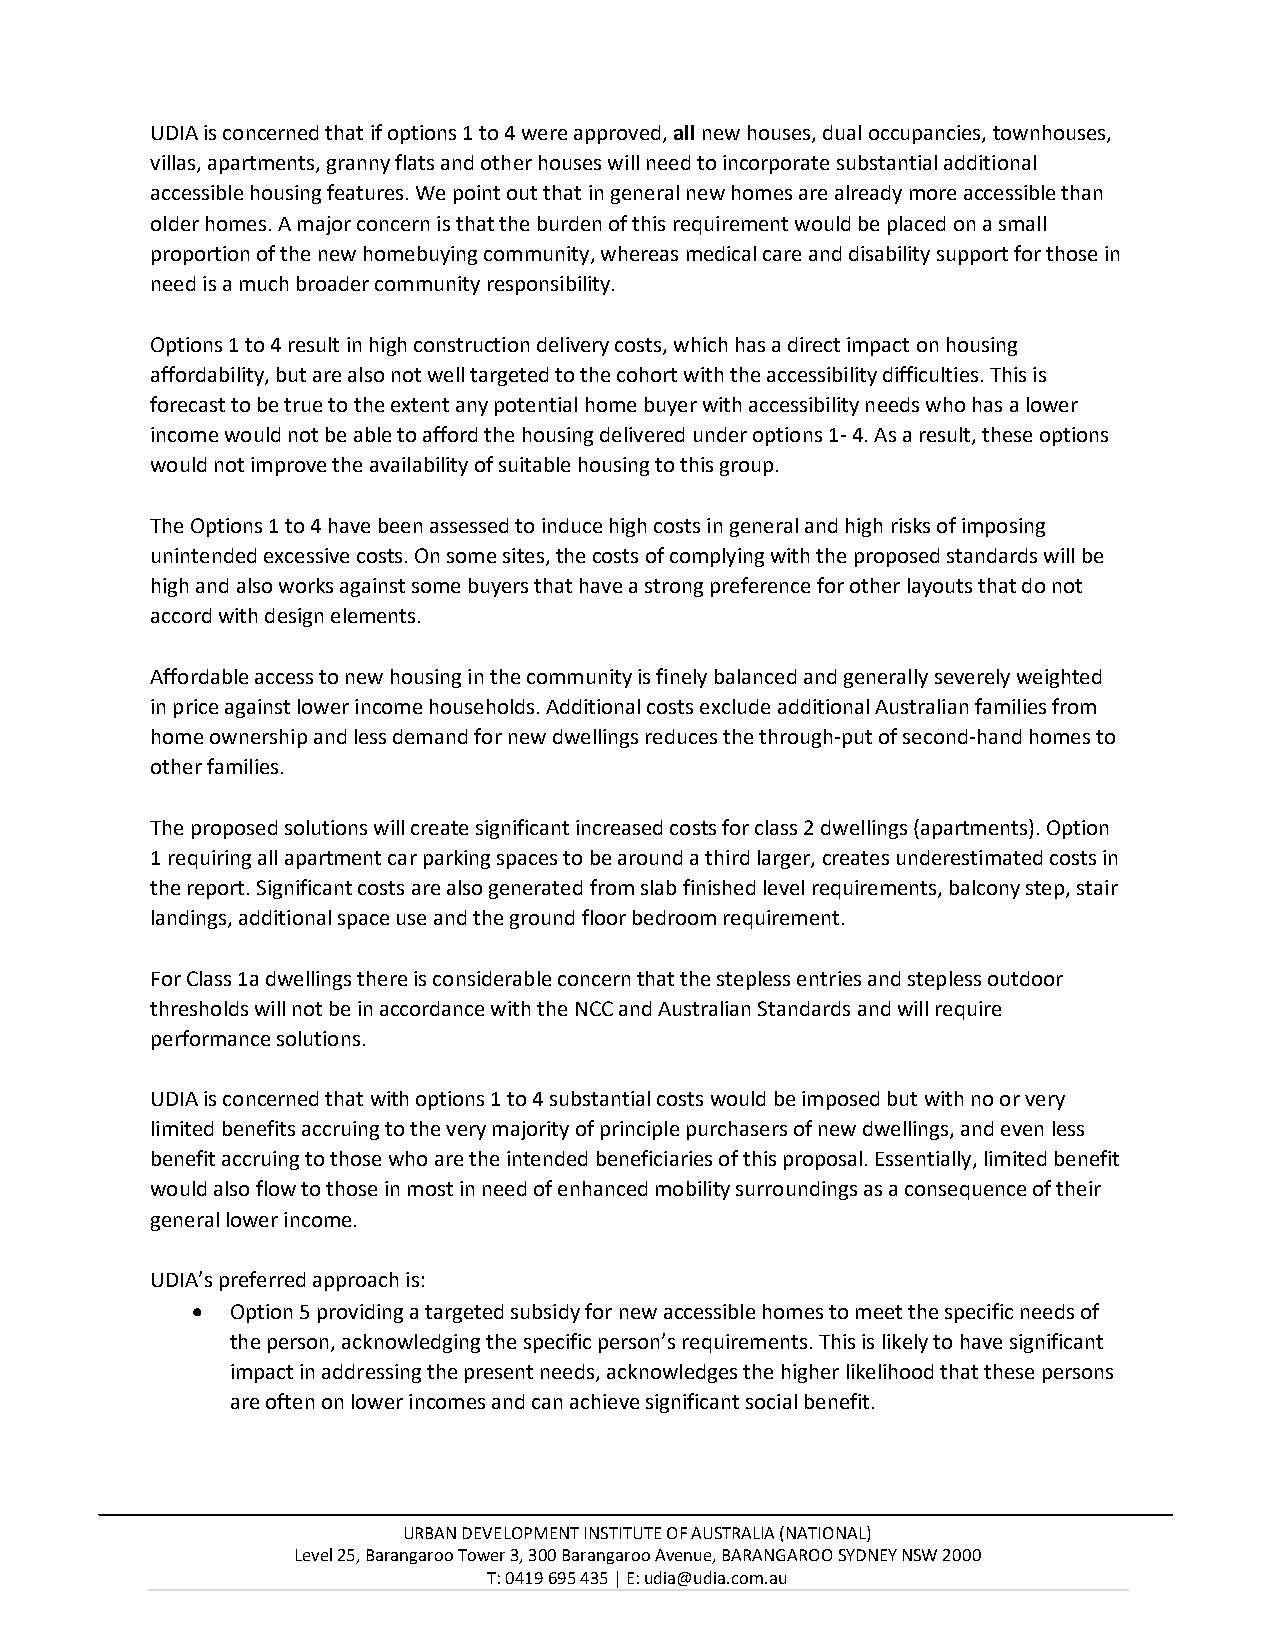
UDIA is concerned that if options 1 to 4 were approved, all new houses, dual occupancies, townhouses,
 villas, apartments, granny flats and other houses will need to incorporate substantial additional
 accessible housing features. We point out that in general new homes are already more accessible than
 older homes. A major concern is that the burden of this requirement would be placed on a small
 proportion of the new homebuying community, whereas medical care and disability support for those in
 need is a much broader community responsibility.
 Options 1 to 4 result in high construction delivery costs, which has a direct impact on housing
 affordability, but are also not well targeted to the cohort with the accessibility difficulties. This is
 forecast to be true to the extent any potential home buyer with accessibility needs who has a lower
 income would not be able to afford the housing delivered under options 1- 4. As a result, these options
 would not improve the availability of suitable housing to this group.
 The Options 1 to 4 have been assessed to induce high costs in general and high risks of imposing
 unintended excessive costs. On some sites, the costs of complying with the proposed standards will be
 high and also works against some buyers that have a strong preference for other layouts that do not
 accord with design elements.
 Affordable access to new housing in the community is finely balanced and generally severely weighted
 in price against lower income households. Additional costs exclude additional Australian families from
 home ownership and less demand for new dwellings reduces the through-put of second-hand homes to
 other families.
 The proposed solutions will create significant increased costs for class 2 dwellings (apartments). Option
 1 requiring all apartment car parking spaces to be around a third larger, creates underestimated costs in
 the report. Significant costs are also generated from slab finished level requirements, balcony step, stair
 landings, additional space use and the ground floor bedroom requirement.
 For Class 1a dwellings there is considerable concern that the stepless entries and stepless outdoor
 thresholds will not be in accordance with the NCC and Australian Standards and will require
 performance solutions.
 UDIA is concerned that with options 1 to 4 substantial costs would be imposed but with no or very
 limited benefits accruing to the very majority of principle purchasers of new dwellings, and even less
 benefit accruing to those who are the intended beneficiaries of this proposal. Essentially, limited benefit
 would also flow to those in most in need of enhanced mobility surroundings as a consequence of their
 general lower income.
 UDIA’s preferred approach is:
 • Option 5 providing a targeted subsidy for new accessible homes to meet the specific needs of
 the person, acknowledging the specific person’s requirements. This is likely to have significant
 impact in addressing the present needs, acknowledges the higher likelihood that these persons
 are often on lower incomes and can achieve significant social benefit.
 URBAN DEVELOPMENT INSTITUTE OF AUSTRALIA (NATIONAL)
 Level 25, Barangaroo Tower 3, 300 Barangaroo Avenue, BARANGAROO SYDNEY NSW 2000
 T: 0419 695 435 | E: udia@udia.com.au